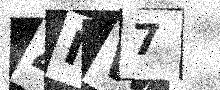
Text: 4MW7